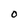
Character: O